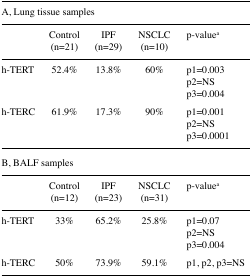
| <COLSPAN=5> A, Lung tissue samples |
 |  | Control (n=21) | IPF (n=29) | NSCLC (n=10) | p-valuea |
 | --- | --- | --- | --- | --- |
 | h-TERT | 52.4% | 13.8% | 60% | p1=0.003p2=NSp3=0.004 |
 | h-TERC | 61.9% | 17.3% | 90% | p1=0.001p2=NSp3=0.0001 |
 | <COLSPAN=5> B, BALF samples |
 |  | Control (n=12) | IPF (n=23) | NSCLC (n=31) | p-valuea |
 | h-TERT | 33% | 65.2% | 25.8% | p1=0.07p2=NSp3=0.004 |
 | h-TERC | 50% | 73.9% | 59.1% | p1, p2, p3=NS |